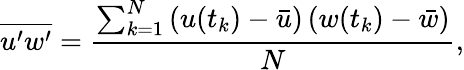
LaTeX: \overline{{u^{\prime}w^{\prime}}}=\frac{\sum_{k=1}^{N}\left(u(t_{k})-\bar{u}\right)\left(w(t_{k})-\bar{w}\right)}{N},